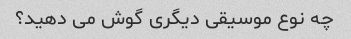
چه نوع موسیقی دیگری گوش می دهید؟